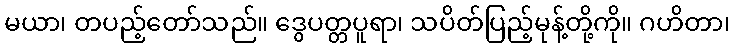
မယာ၊ တပည့်တော်သည်။ ဒွေပတ္တပူရာ၊ သပိတ်ပြည့်မုန့်တို့ကို။ ဂဟိတာ၊